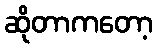
ဆိုတာကတော့